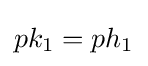
pk_{1}=ph_{1}